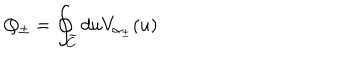
LaTeX: Q _ { \pm } = \oint _ { \widetilde { C } } d u V _ { \alpha _ { \pm } } ( u )